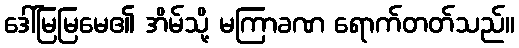
ဒေါ်မြမြမေ၏ အိမ်သို့ မကြာခဏ ရောက်တတ်သည်။